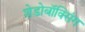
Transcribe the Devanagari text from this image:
शेडोबॉक्सिंग